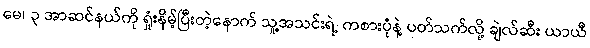
မေ၊ ၃ အာဆင်နယ်ကို ရှုံးနိမ့်ပြီးတဲ့နောက် သူ့အသင်းရဲ့ ကစားပုံနဲ့ ပတ်သက်လို့ ချဲလ်ဆီး ယာယီ